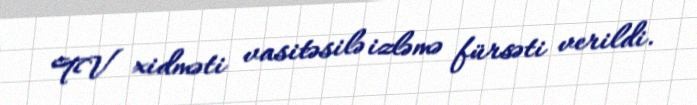
TV xidməti vasitəsilə izləmə fürsəti verildi.